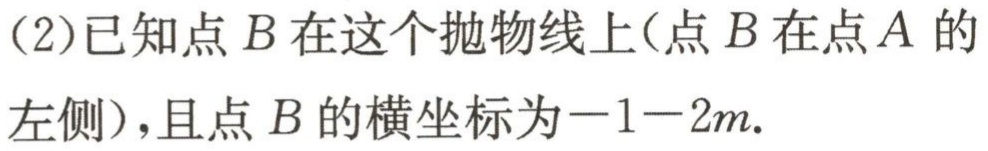
(2)已知点\(B\)在这个抛物线上(点\(B\)在点\(A\)的左侧)，且点\(B\)的横坐标为\(-1 - 2m\).